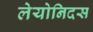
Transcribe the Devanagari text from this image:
लेयोनिदस